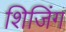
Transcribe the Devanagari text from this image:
शिजिंग